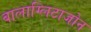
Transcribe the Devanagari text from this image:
बालाग्लिटाजोन